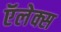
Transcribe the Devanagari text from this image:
ऍलेक्स